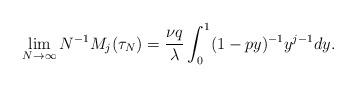
LaTeX: \begin{align*} \lim_{N \to \infty} N^{-1} M_j(\tau_N) &= \frac{\nu q}{\lambda} \int_0^1 (1-py)^{-1} y^{j-1} dy.\end{align*}